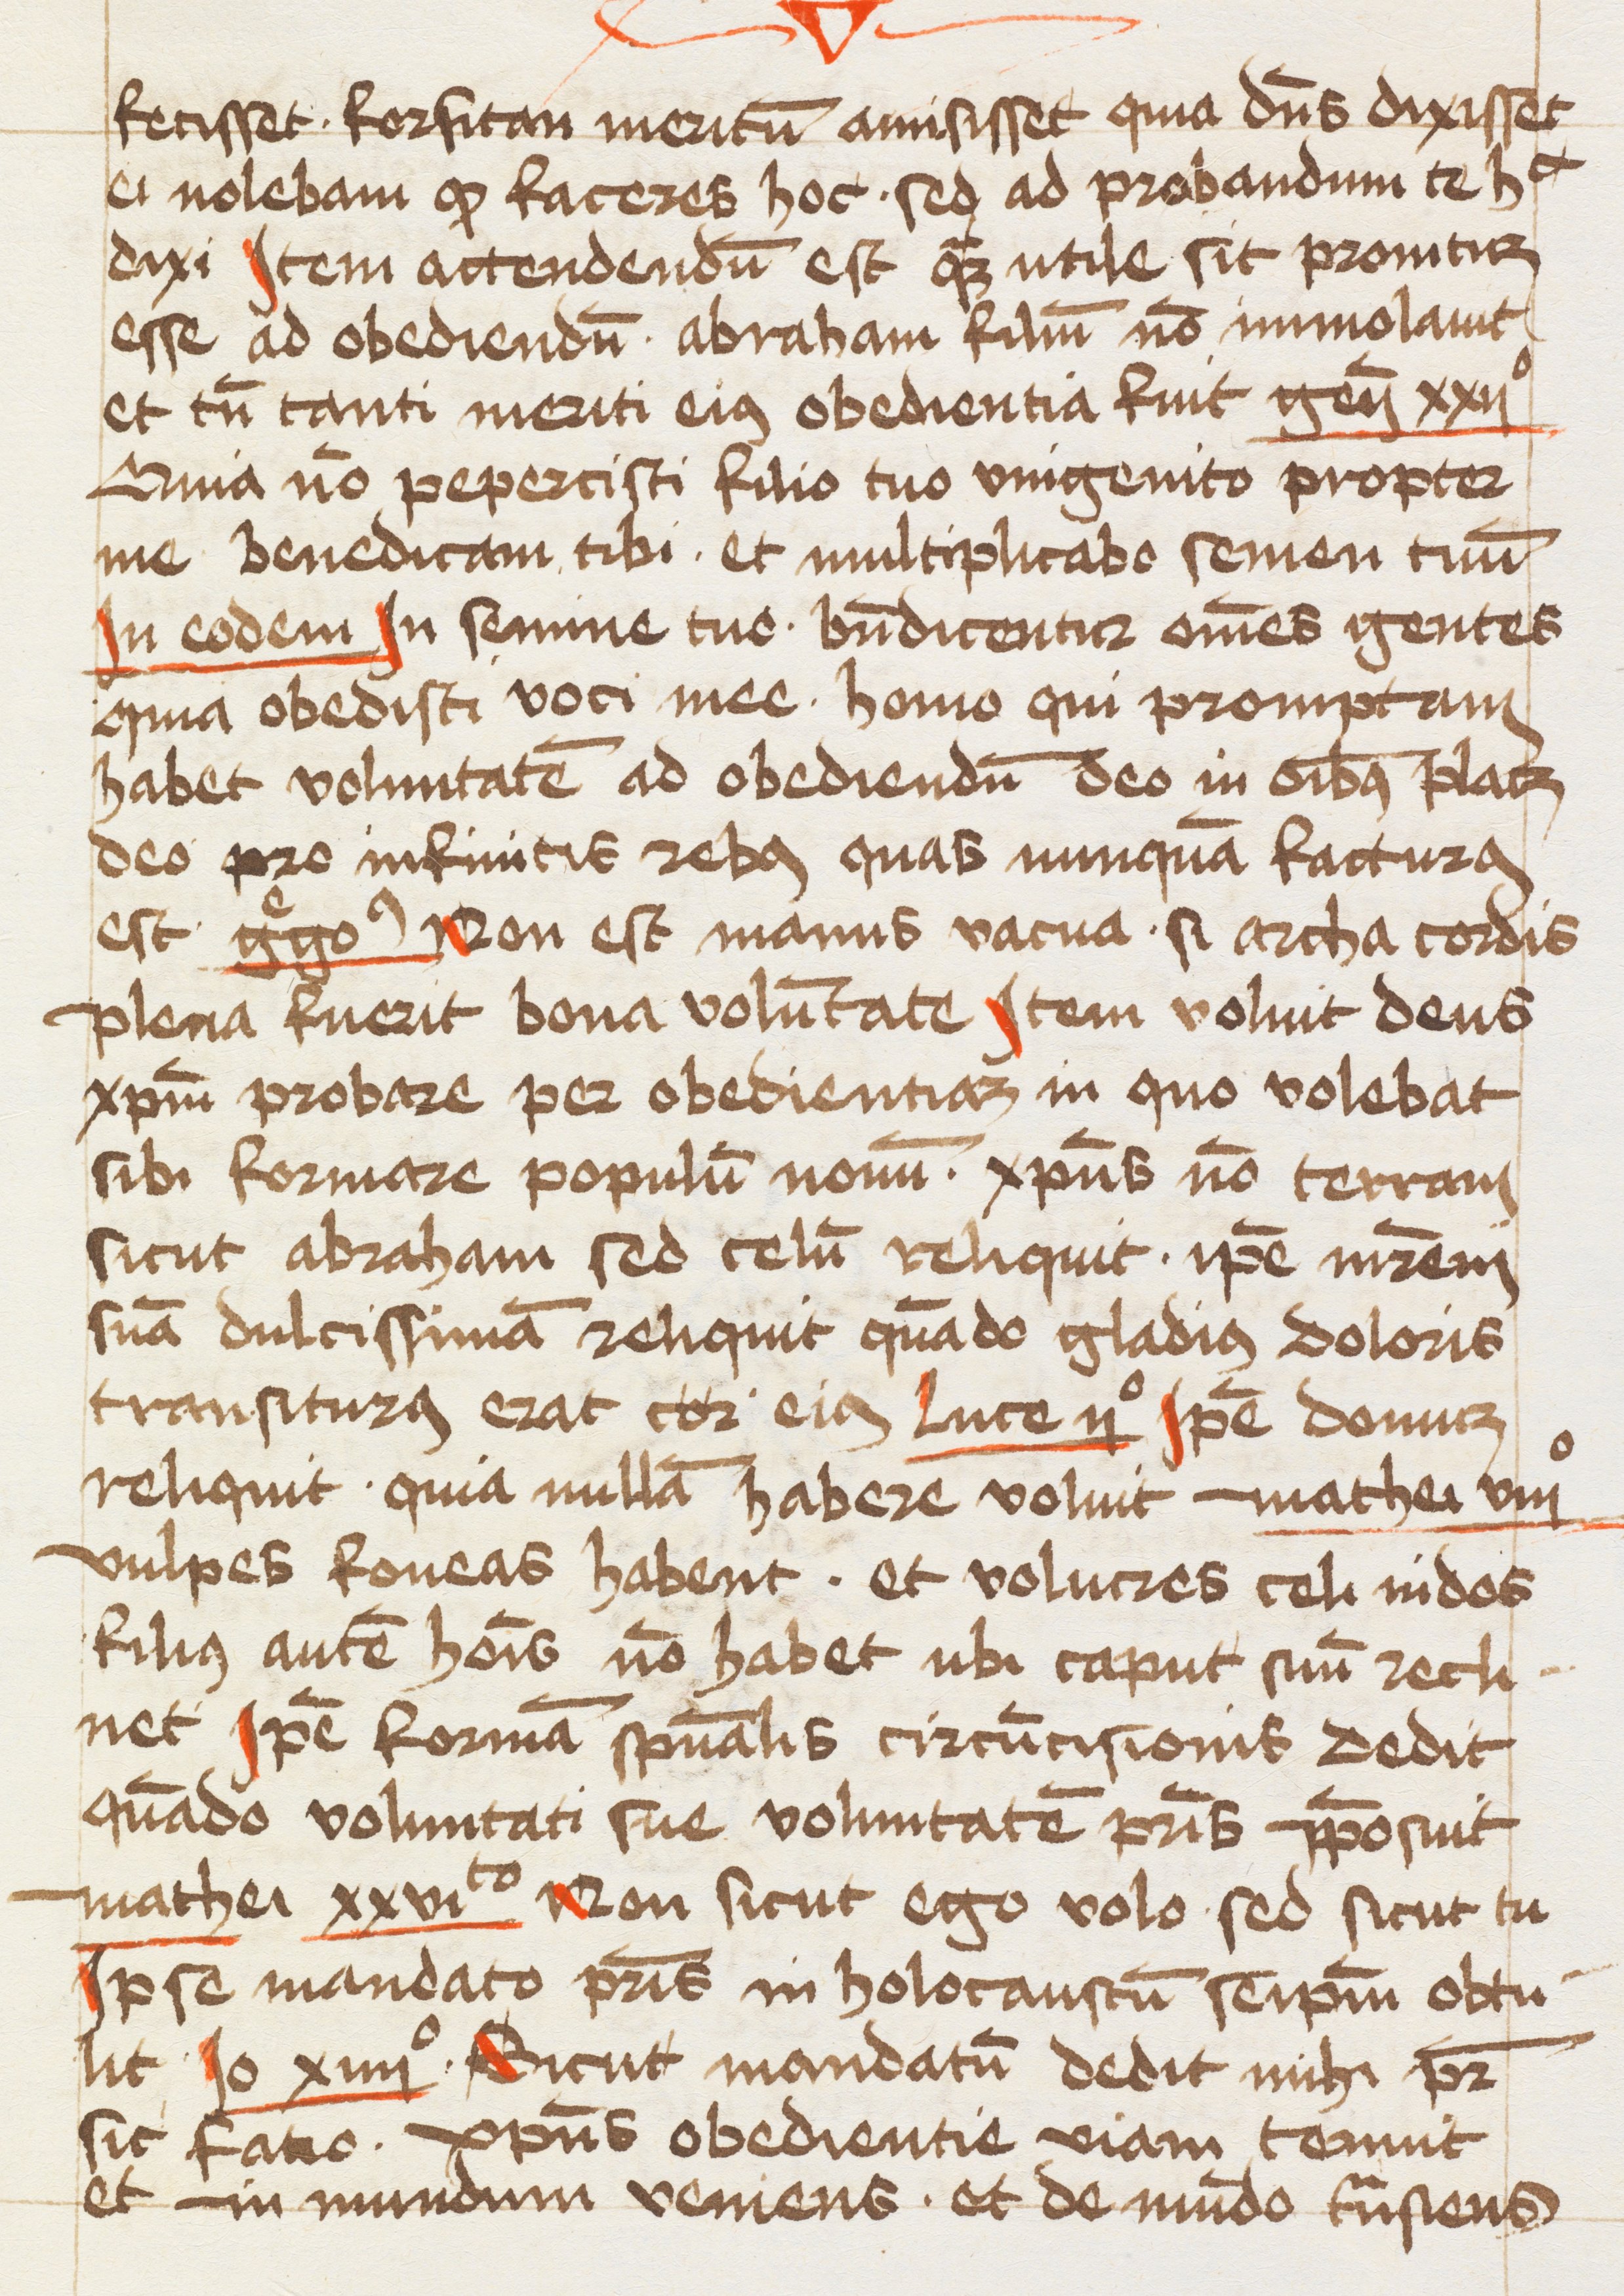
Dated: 1463–1463